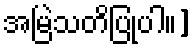
အမြဲသတိပြုပါ။]